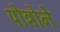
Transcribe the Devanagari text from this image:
पोत्रोने